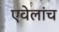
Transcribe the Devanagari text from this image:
एवेलांच